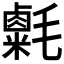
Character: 𣰮